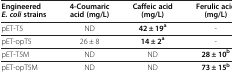
<table><thead><tr><td><b>Engineered <i>E. coli </i>strains</b></td><td><b>4-Coumaric acid (mg/L)</b></td><td><b>Caffeic acid (mg/L)</b></td><td><b>Ferulic acid (mg/L)</b></td></tr></thead><tbody><tr><td>pET-T5</td><td>ND</td><td><b>42 ± 19</b><sup><b>a</b></sup></td><td><i>-</i></td></tr><tr><td>pET-opT5</td><td>26 ± 8</td><td><b>14 ± 2</b><sup><b>a</b></sup></td><td><i>-</i></td></tr><tr><td>pET-T5M</td><td>ND</td><td>ND</td><td><b>28 ± 10</b><sup><b>b</b></sup></td></tr><tr><td>pET-opT5M</td><td>ND</td><td>ND</td><td><b>73 ± 15</b><sup><b>b</b></sup></td></tr></tbody></table>